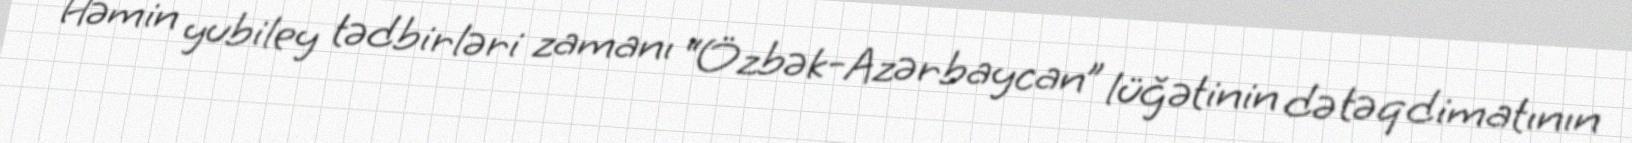
Həmin yubiley tədbirləri zamanı “Özbək-Azərbaycan” lüğətinin də təqdimatının